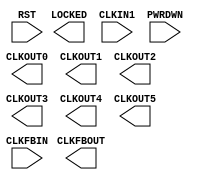
///////////////////////////////////////////////////////
//  Copyright (c) 2008 Xilinx Inc.
//  All Right Reserved.
///////////////////////////////////////////////////////
//
//   ____   ___
//  /   /\/   / 
// /___/  \  /     Vendor      : Xilinx 
// \  \    \/      Version     : 12.i (O.4)
//  \  \           Description : 
//  /  /                      
// /__/   /\       Filename    : Xilinx Formal Library Component - PLLE2_BASE.v
// \  \  /  \ 
//  \__\/\__ \                    
//                                 
//  Revision:		1.0
//    12/09/09 - Initial version 
///////////////////////////////////////////////////////

`timescale 1 ps / 1 ps 

module PLLE2_BASE (
  CLKFBOUT,
  CLKOUT0,
  CLKOUT1,
  CLKOUT2,
  CLKOUT3,
  CLKOUT4,
  CLKOUT5,
  LOCKED,
  CLKFBIN,
  CLKIN1,
  PWRDWN,
  RST
);

  parameter BANDWIDTH = "OPTIMIZED";
  parameter integer CLKFBOUT_MULT = 5;
  parameter real CLKFBOUT_PHASE = 0.000;
  parameter real CLKIN1_PERIOD = 0.000;
  parameter integer CLKOUT0_DIVIDE = 1;
  parameter real CLKOUT0_DUTY_CYCLE = 0.500;
  parameter real CLKOUT0_PHASE = 0.000;
  parameter integer CLKOUT1_DIVIDE = 1;
  parameter real CLKOUT1_DUTY_CYCLE = 0.500;
  parameter real CLKOUT1_PHASE = 0.000;
  parameter integer CLKOUT2_DIVIDE = 1;
  parameter real CLKOUT2_DUTY_CYCLE = 0.500;
  parameter real CLKOUT2_PHASE = 0.000;
  parameter integer CLKOUT3_DIVIDE = 1;
  parameter real CLKOUT3_DUTY_CYCLE = 0.500;
  parameter real CLKOUT3_PHASE = 0.000;
  parameter integer CLKOUT4_DIVIDE = 1;
  parameter real CLKOUT4_DUTY_CYCLE = 0.500;
  parameter real CLKOUT4_PHASE = 0.000;
  parameter integer CLKOUT5_DIVIDE = 1;
  parameter real CLKOUT5_DUTY_CYCLE = 0.500;
  parameter real CLKOUT5_PHASE = 0.000;
  parameter integer DIVCLK_DIVIDE = 1;
  parameter real REF_JITTER1 = 0.010;
  parameter STARTUP_WAIT = "FALSE";

  output CLKFBOUT;
  output CLKOUT0;
  output CLKOUT1;
  output CLKOUT2;
  output CLKOUT3;
  output CLKOUT4;
  output CLKOUT5;
  output LOCKED;

  input CLKFBIN;
  input CLKIN1;
  input PWRDWN;
  input RST;

endmodule